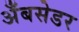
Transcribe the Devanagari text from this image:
अँबसेडर